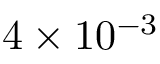
4 \times 1 0 ^ { - 3 }